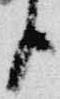
臣